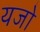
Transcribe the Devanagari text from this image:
यजो